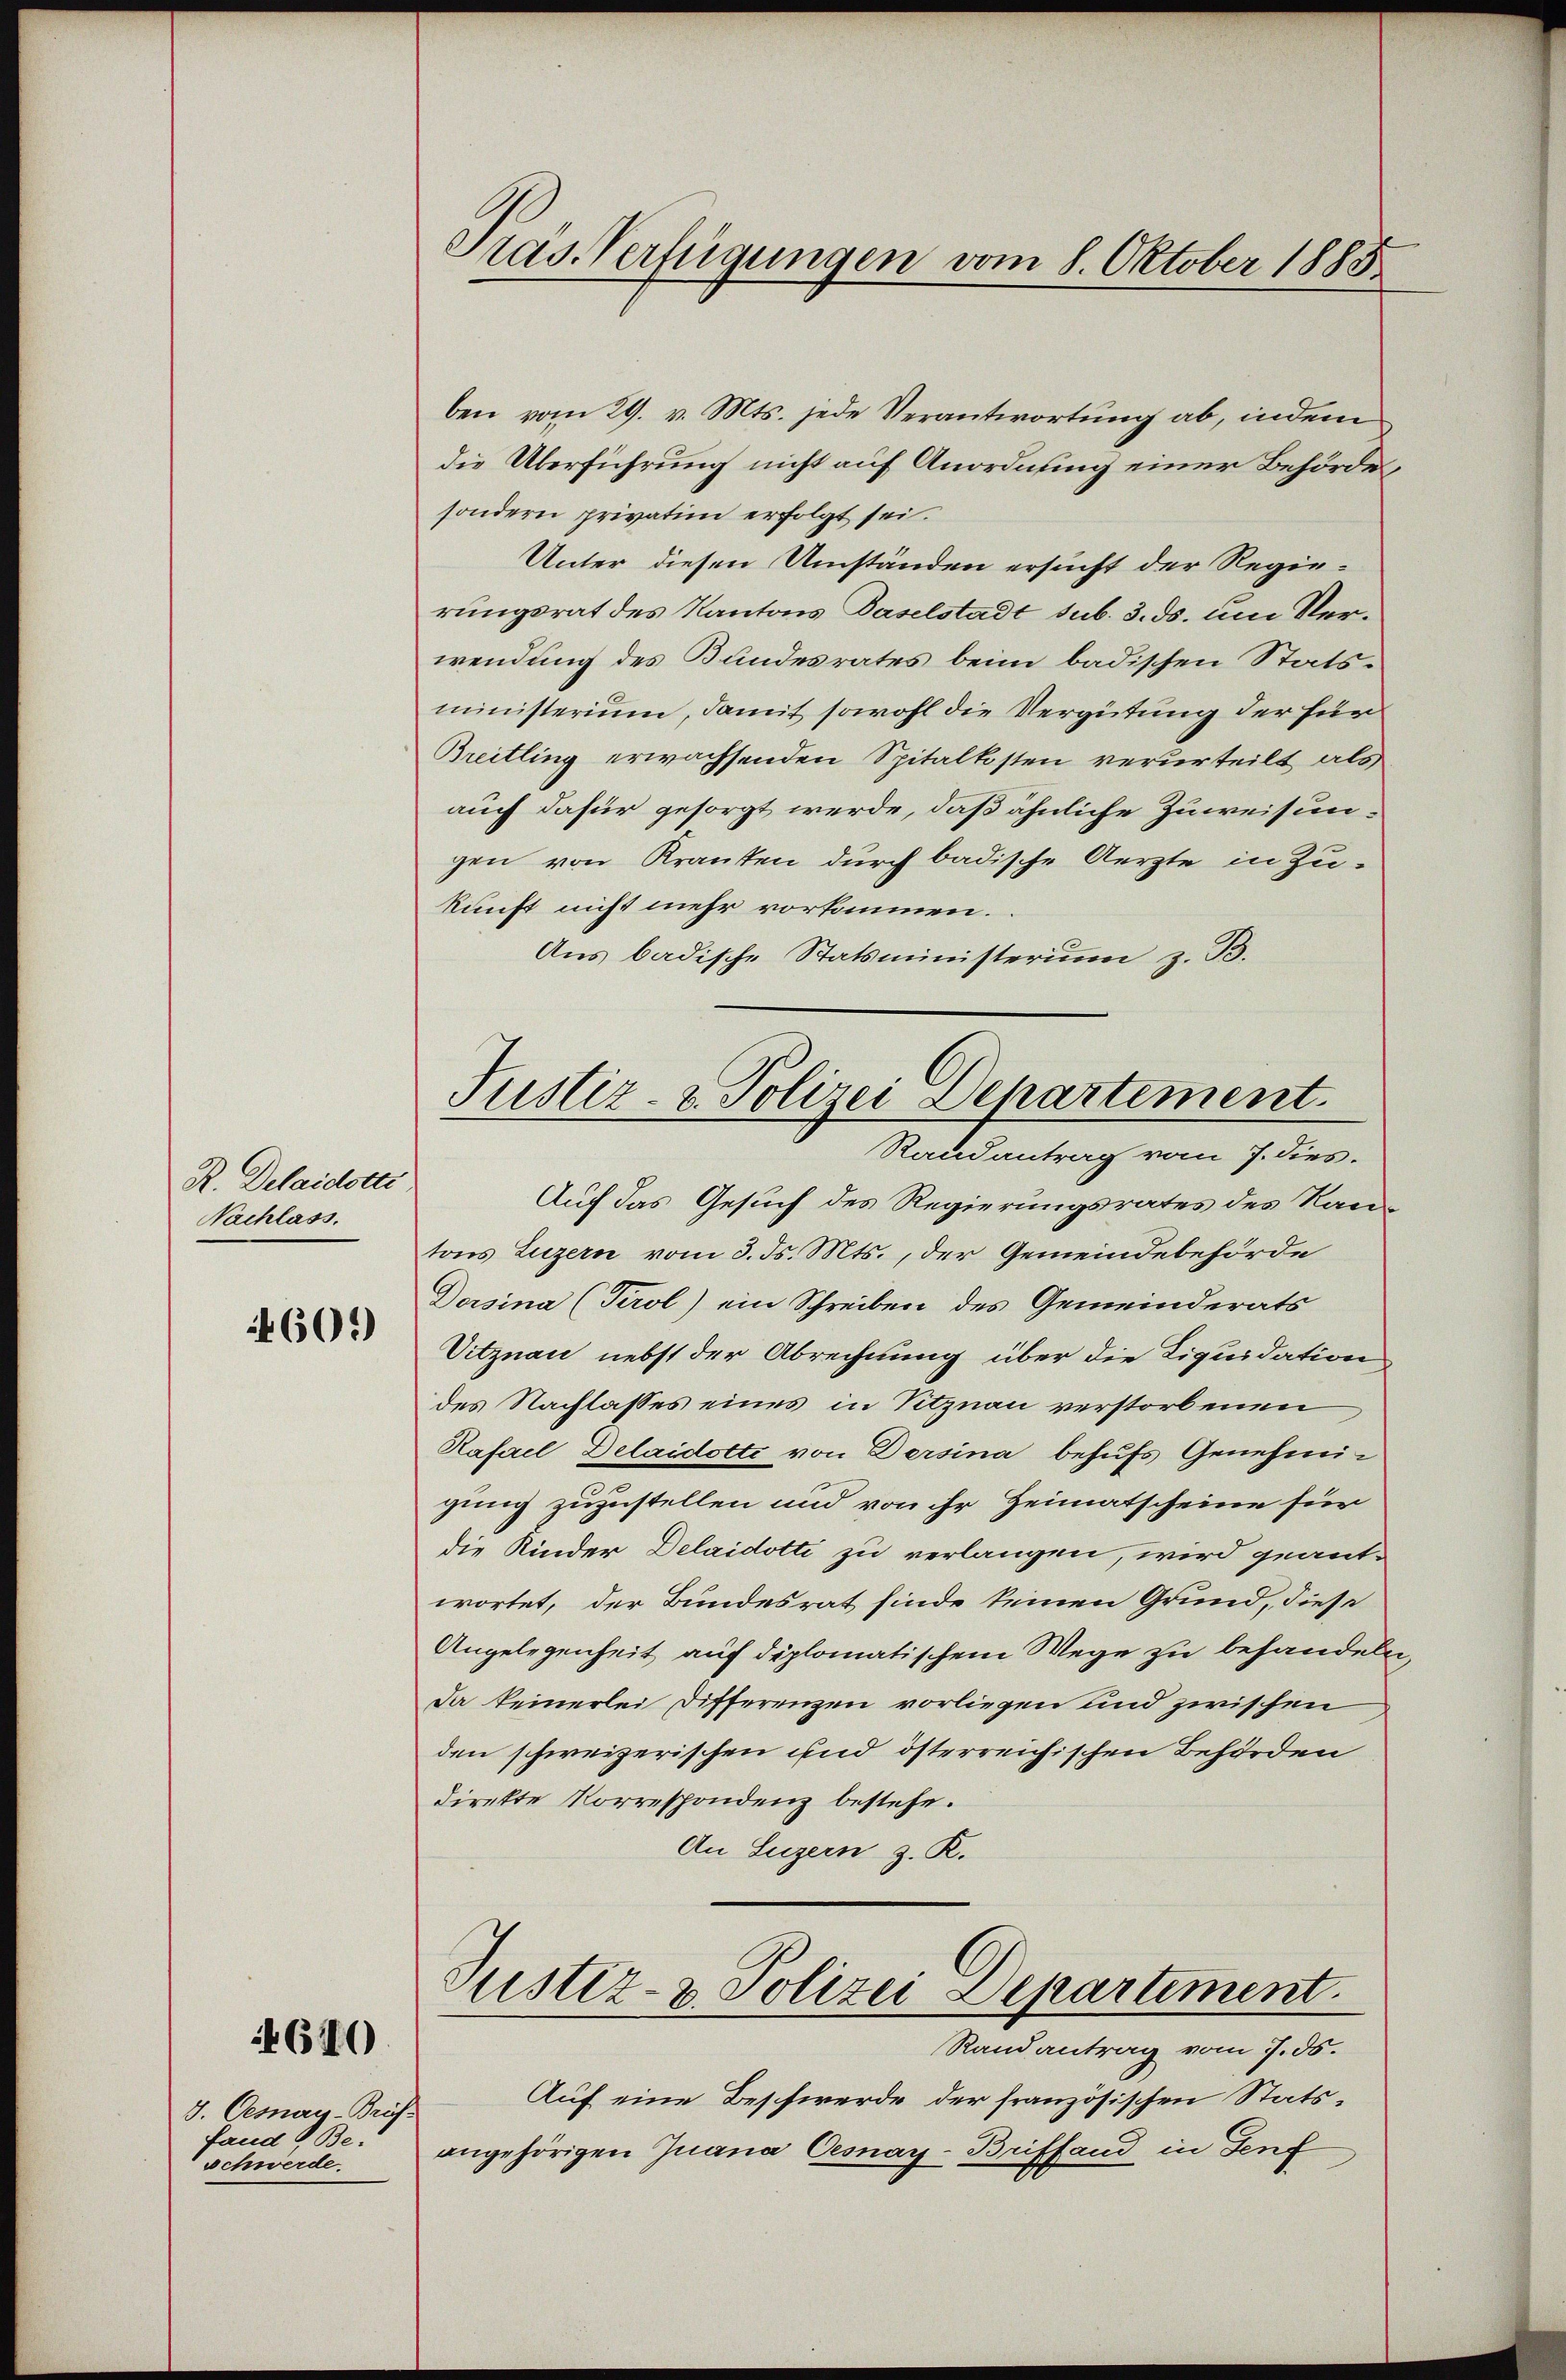
R. Delaidotte
Nachlass.

4601)

640

3. Cemen-Brif.
fand & Be¬
Schwerde.

Pras. Verfügungen vom 8. Oktober 1885

ben vom 29. v. Mts. jede Verantwortung ab, indem
die Überführung nicht auf Anordnung einer Behörde,
sondern privatim erfolgt sei.
Unter diesen Umständen ersucht der Regierungsrat des Kantons Baselstadt sub. 3. ds. um Verwendung des Bundesrates beim badischen Statsministerium, damit sowohl die Vergütung der für
Breitling erwachsenden Spitalkosten verurteilt, als
auch dafür gesorgt werde, daß ähnliche Zuweisungen von Kranten durch badische Aerzte in Zukunft nicht mehr vorkommen.
Aus badische Statsministerium z. B.

Justiz- & Polizei Departement.
Randantrag vom 7. dies.

Auf das Gesuch des Regierungsrates des Kantons Luzern vom 3. ds. Mts., der Gemeindebehörde
Dersina (Tirol) ein Schreiben des Gemeinderats
Vitznau nebst der Abrechnung über die Liquidation
des Nachlasses eines in Sitznau verstorbenen
Rafael Delaidotti von Dersina behufs Genehmigung zuzustellen und von ihr Heimatscheine für
die Kinder Delaidotti zu verlangen, wird geant-
wortet, der Bundesrat finde keinen Grund, diese
Angelegenheit auf diplomatischem Wege zu behandeln,
Da keinerlei Differenzen vorliegen und zwischen
den schweizerischen und österreichischen Behörden
direkte Korrespondenz bestehe.
An Luzern z. K.

Justiz- & Polizei Departement.
Randantrag vom 7. ds.

Auf eine Beschwerde der französischen Statsangehörigen Juana Cesnay-Briffend in Genf